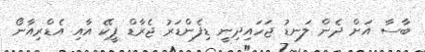
ބާސާ އަށް ދެން ލަނޑު ޖަހައިދިނީ ޑިފެންޑަރު ޖެރާޑް ޕީކޭ އާއި އެޑްރިއާނޯ